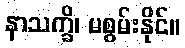
နာသက္ခိ၊ မစွမ်းနိုင်။